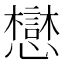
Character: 𫻓